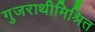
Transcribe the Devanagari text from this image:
गुजराथीमिश्रित